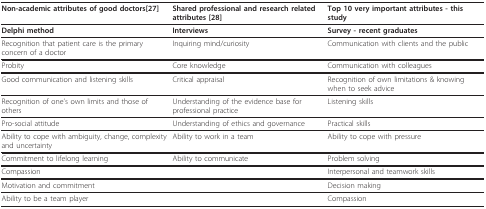
<table><thead><tr><td><b>Non-academic attributes of good doctors[27]</b></td><td><b>Shared professional and research related attributes [28]</b></td><td><b>Top 10 very important attributes - this study</b></td></tr></thead><tbody><tr><td><b>Delphi method</b></td><td><b>Interviews</b></td><td><b>Survey - recent graduates</b></td></tr><tr><td>Recognition that patient care is the primary concern of a doctor</td><td>Inquiring mind/curiosity</td><td>Communication with clients and the public</td></tr><tr><td>Probity</td><td>Core knowledge</td><td>Communication with colleagues</td></tr><tr><td>Good communication and listening skills</td><td>Critical appraisal</td><td>Recognition of own limitations &amp; knowing when to seek advice</td></tr><tr><td>Recognition of one&#x27;s own limits and those of others</td><td>Understanding of the evidence base for professional practice</td><td>Listening skills</td></tr><tr><td>Pro-social attitude</td><td>Understanding of ethics and governance</td><td>Practical skills</td></tr><tr><td>Ability to cope with ambiguity, change, complexity and uncertainty</td><td>Ability to work in a team</td><td>Ability to cope with pressure</td></tr><tr><td>Commitment to lifelong learning</td><td>Ability to communicate</td><td>Problem solving</td></tr><tr><td>Compassion</td><td></td><td>Interpersonal and teamwork skills</td></tr><tr><td>Motivation and commitment</td><td></td><td>Decision making</td></tr><tr><td>Ability to be a team player</td><td></td><td>Compassion</td></tr></tbody></table>